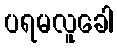
ပရမလူခေါ